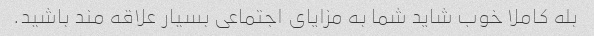
بله کاملا خوب شاید شما به مزایای اجتماعی بسیار علاقه مند باشید.